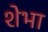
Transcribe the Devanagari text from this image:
शेभा